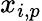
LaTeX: x_{i,p}